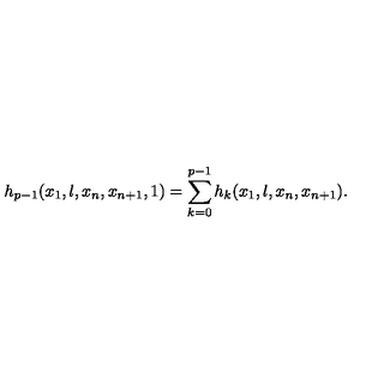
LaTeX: h _ { p - 1 } ( x _ { 1 } , \l , x _ { n } , x _ { n + 1 } , 1 ) = \sum _ { k = 0 } ^ { p - 1 } h _ { k } ( x _ { 1 } , \l , x _ { n } , x _ { n + 1 } ) .